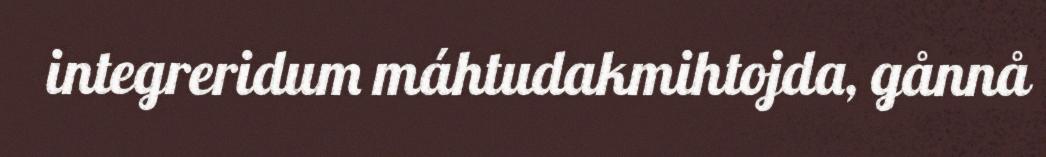
integreridum máhtudakmihtojda, gånnå